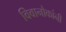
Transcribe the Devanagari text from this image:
विवानौकांनी